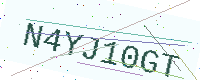
Text: N4YJ10GT